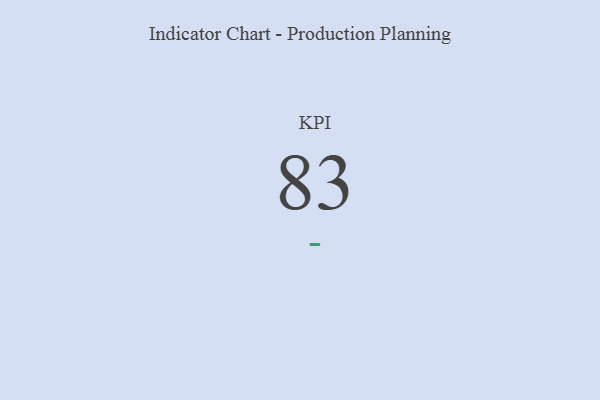
{"axis": {"x": "KPI", "y": "Value"}, "legend": [""], "data": [{"x": "KPI", "y": 83, "type": ""}]}